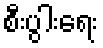
စီးပွါးရေး